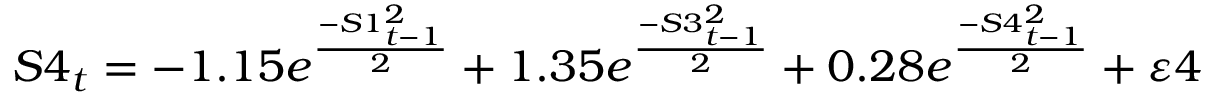
S 4 _ { t } = - 1 . 1 5 e ^ { \frac { - S 1 _ { t - 1 } ^ { 2 } } { 2 } } + 1 . 3 5 e ^ { \frac { - S 3 _ { t - 1 } ^ { 2 } } { 2 } } + 0 . 2 8 e ^ { \frac { - S 4 _ { t - 1 } ^ { 2 } } { 2 } } + \varepsilon 4